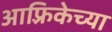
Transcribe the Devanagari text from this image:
आफ़्रिकेच्या